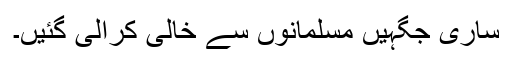
ساری جگہیں مسلمانوں سے خالی کرالی گئیں۔